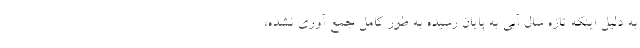
به دلیل اینکه تازه سال آبی به پایان رسیده به طور کامل جمع آوری نشده،